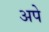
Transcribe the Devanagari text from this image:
अपे